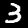
Digit: 3